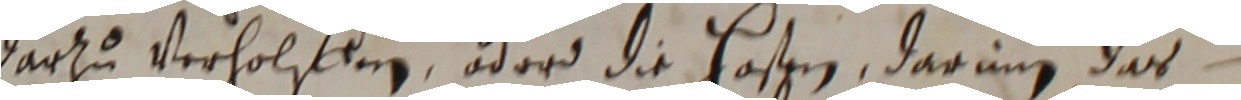
darzu verholfen oderd die hasen, darunn das